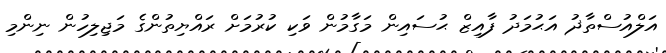
އަލްއުސްތާޛު އަޙުމަދު ފާއިޒް ޙުސައިން މަގާމުން ވަކި ކުރުމަށް ރައްޔިތުންގެ މަޖިލިހުން ނިންމި